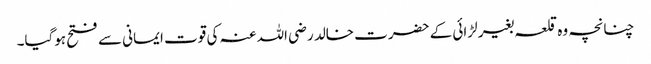
چنانچہ وہ قلعہ بغیر لڑائی کے حضرت خالد رضی اللہ عنہ کی قوت ایمانی سے فتح ہوگیا۔